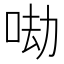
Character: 𠲵